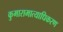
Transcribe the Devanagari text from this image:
कुमारामात्याधिकरण